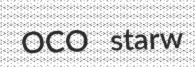
OCO starw